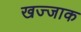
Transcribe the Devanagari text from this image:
खज्जाक